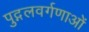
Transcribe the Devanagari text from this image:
पुद्गलवर्गणाओं